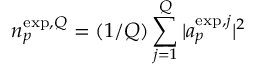
{ n } _ { p } ^ { \mathrm { e x p } , Q } = ( 1 / Q ) \sum _ { j = 1 } ^ { Q } | a _ { p } ^ { \mathrm { e x p } , j } | ^ { 2 }